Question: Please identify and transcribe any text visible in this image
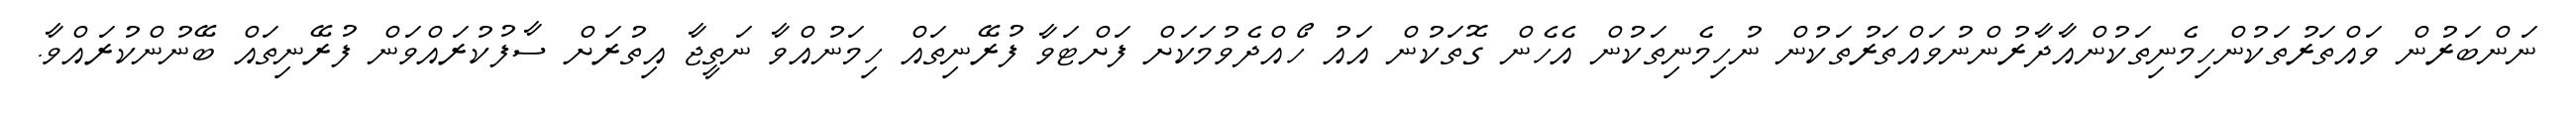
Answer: ނަންބަރުން ވައްތަރުތަކުންހިމެނިތަކުންއާދާރުންނުވައްތަރުތަކުން ނުހިމެނިތަކުން އެހެން ގޮތަކުން އައު ހޯއްދެވުމަކަށް ފަށްޓަވާ ފުރޭނިތައް ހިމަނުއްވާ ނަތީޖާ އިތުރަށް ސާފުކުރައްވަން ފުރޭނިތައް ބޭނުންކުރައްވާ.